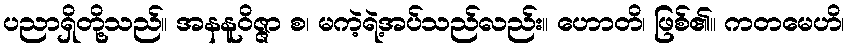
ပညာရှိတို့သည်။ အနနူဝိဇ္ဇာ စ၊ မကဲ့ရဲ့အပ်သည်လည်း။ ဟောတိ၊ ဖြစ်၏။ ကတမေဟိ၊